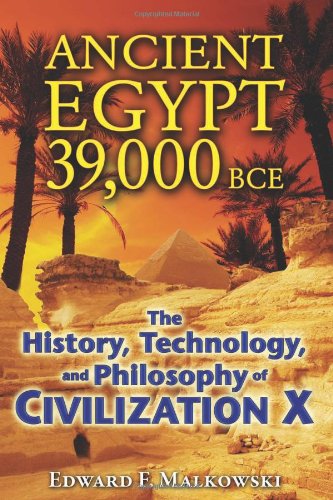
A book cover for Ancient Egypt 39,000 BCE: The History, Technology, and Philosophy of Civilization X; Edward F. Malkowski; History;